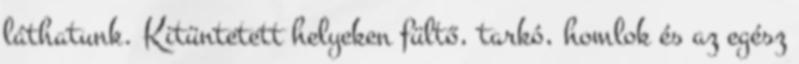
láthatunk. Kitüntetett helyeken fültő, tarkó, homlok és az egész